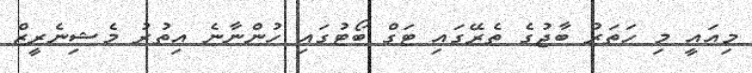
މިއައީ މި ހަތަރު ބާޖުގެ ތެރޭގައި ޓަގް ބޯޓުގައި ހުންނާނެ އިތުރު މެޝިނެރީޒް